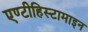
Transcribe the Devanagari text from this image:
एण्टीहिस्टामाइन